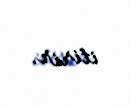
itirir.